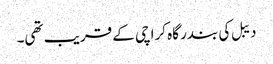
دیبل کی بندر گاہ کراچی کے قریب تھی۔